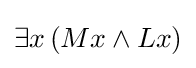
\exists x\,(Mx\land Lx)